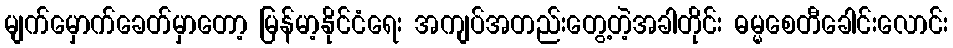
မျက်မှောက်ခေတ်မှာတော့ မြန်မာ့နိုင်ငံရေး အကျပ်အတည်းတွေ့တဲ့အခါတိုင်း ဓမ္မစေတီခေါင်းလောင်း